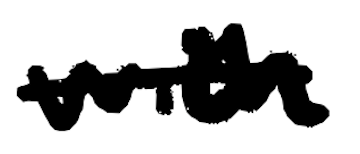
Text: with
Cross-out: mix
Writing tool: digital_black